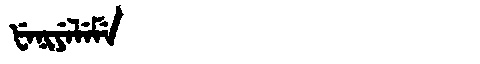
Manchu: ᡶᡝᠨᡳᠶᡝᠯᡝᠮᡝ
Romanization: FENIYELEME